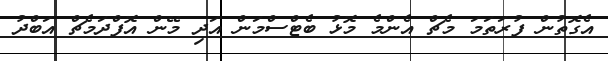
އެގޮތުން ފުރަތަމަ މެޗް އެންމެ މޮޅު ބެޓްސްމަން އަދި މޭން އޮފްދަމެޗް އަބްދު